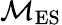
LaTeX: \mathcal{M}_{\textrm{ES}}